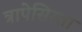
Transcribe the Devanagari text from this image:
त्रापेसिस्ता